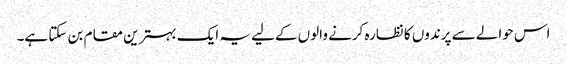
اس حوالے سے پرندوں کا نظارہ کرنے والوں کےلیے یہ ایک بہترین مقام بن سکتا ہے۔